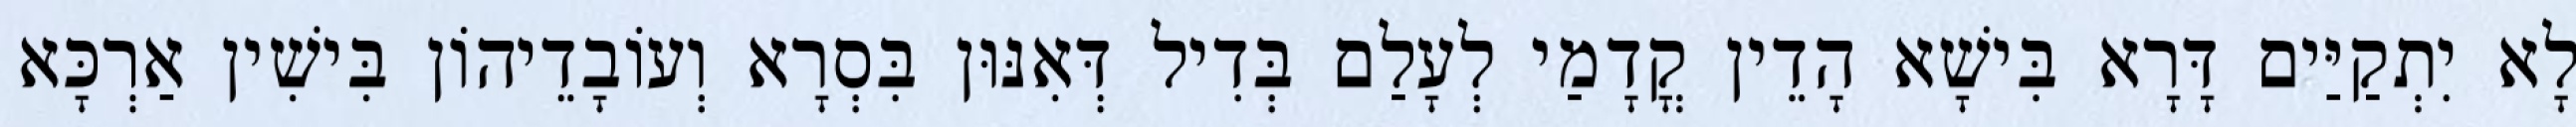
לָא יִתְקַיַּים דָּרָא בִּישָׁא הָדֵין קֳדָמַי לְעָלַם בְּדִיל דְּאִנּוּן בִּסְרָא וְעוֹבָדֵיהוֹן בִּישִׁין אַרְכָּא